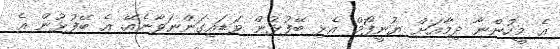
އެ މީހުންނާ ދިމާއަށް ޔުނީފޯމް އެޅި ބޭފުޅުން ވަޑައިގަންނަވާނެއޭ. އެ ބޭފުޅުން އެ